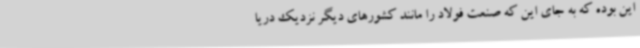
این بوده که به جای این که صنعت فولاد را مانند کشورهای دیگر نزدیک دریا